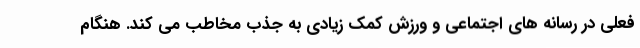
فعلی در رسانه های اجتماعی و ورزش کمک زیادی به جذب مخاطب می کند. هنگام